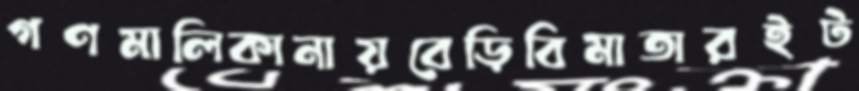
গণমালিকানায়বেড়িবিমাতারইট